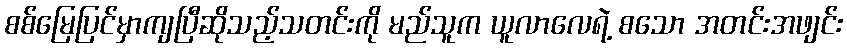
စစ်မြေပြင်မှာကျပြီဆိုသည့်သတင်းကို မည်သူက ယူလာလေရဲ့ စသော အတင်းအဖျင်း